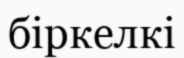
біркелкі